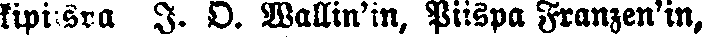
kipiisp I. O. Wallin'in, Piispa Franzen'in,